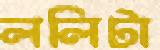
ললিটা